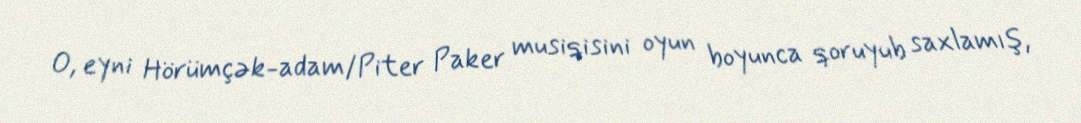
O, eyni Hörümçək-adam/Piter Paker musiqisini oyun boyunca qoruyub saxlamış,